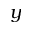
y